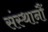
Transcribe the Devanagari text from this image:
संस्थानौं